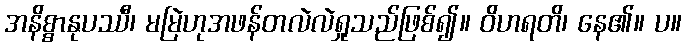
အနိစ္စာနုပဿီ၊ မမြဲဟုအဖန်တလဲလဲရှုသည်ဖြစ်၍။ ဝိဟရတိ၊ နေ၏။ ပ။